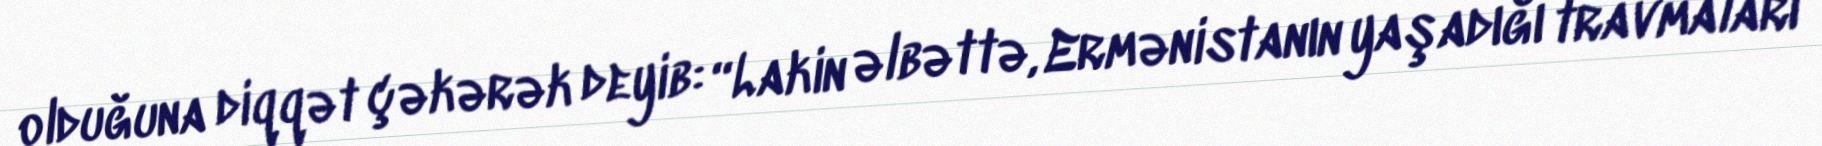
olduğuna diqqət çəkərək deyib: “Lakin əlbəttə, Ermənistanın yaşadığı travmaları